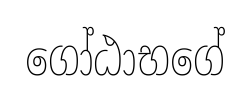
ගෝඨාභගේ